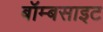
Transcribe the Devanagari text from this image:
बॉम्बसाइट